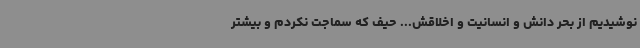
نوشیدیم از بحر دانش و انسانیت و اخلاقش... حیف که سماجت نکردم و بیشتر